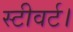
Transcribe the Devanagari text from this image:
स्टीवर्ट।